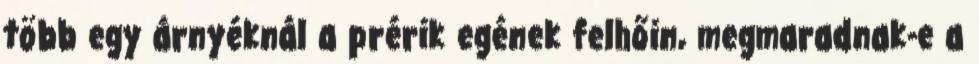
több egy árnyéknál a prérik egének felhőin, megmaradnak-e a